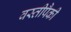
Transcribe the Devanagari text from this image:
वस्तीपैकी